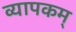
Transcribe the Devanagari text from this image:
व्यापकम्